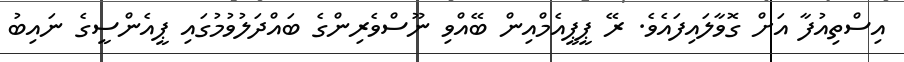
އިސްތިއުފާ އަށް ގޮވާލައިފައެވެ. ރޭ ޕީޕީއެމްއިން ބޭއްވި ނޫސްވެރިންގެ ބައްދަލުވުމުގައި ޕީއެންސީގެ ނައިބު